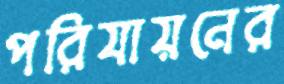
পরিযায়নের